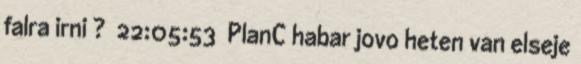
falra irni ? 22:05:53 PlanC habar jovo heten van elseje